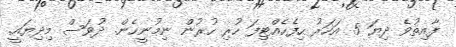
ފާއިތުވެ ދިޔަ 5 އަހަރު ހިފެހެއްޓިފަ ހުރި ހުރުން ނިމުނީހެން. ދުވަސް މިދިޔައީ.